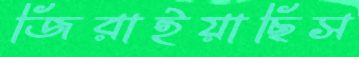
জিরাইয়াছিস